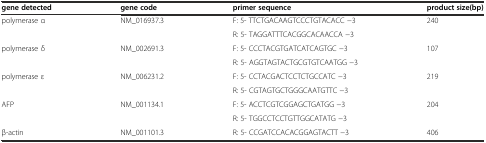
<table><thead><tr><td><b>gene detected</b></td><td><b>gene code</b></td><td><b>primer sequence</b></td><td><b>product size(bp)</b></td></tr></thead><tbody><tr><td rowspan="2">polymerase α</td><td rowspan="2">NM_016937.3</td><td>F: 5- TTCTGACAAGTCCCTGTACACC −3</td><td rowspan="2">240</td></tr><tr><td>R: 5- TAGGATTTCACGGCACAACCA −3</td></tr><tr><td rowspan="2">polymerase δ</td><td rowspan="2">NM_002691.3</td><td>F: 5- CCCTACGTGATCATCAGTGC −3</td><td rowspan="2">107</td></tr><tr><td>R: 5- AGGTAGTACTGCGTGTCAATGG −3</td></tr><tr><td rowspan="2">polymerase ε</td><td rowspan="2">NM_006231.2</td><td>F: 5- CCTACGACTCCTCTGCCATC −3</td><td rowspan="2">219</td></tr><tr><td>R: 5- CGTAGTGCTGGGCAATGTTC −3</td></tr><tr><td rowspan="2">AFP</td><td rowspan="2">NM_001134.1</td><td>F: 5- ACCTCGTCGGAGCTGATGG −3</td><td rowspan="2">204</td></tr><tr><td>R: 5- TGGCCTCCTGTTGGCATATG −3</td></tr><tr><td>β-actin</td><td>NM_001101.3</td><td>R: 5- CCGATCCACACGGAGTACTT −3</td><td>406</td></tr></tbody></table>